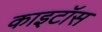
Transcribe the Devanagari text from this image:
काइटॉस